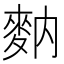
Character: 𪌅